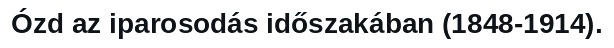
Ózd az iparosodás időszakában (1848-1914).